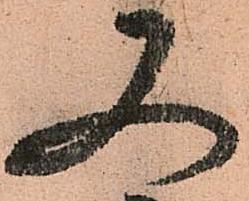
又